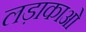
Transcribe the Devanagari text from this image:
लड़ाकाओं